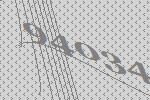
94034